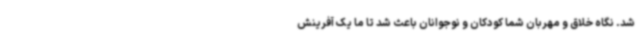
شد. نگاه خلاق و مهربان شما کودکان و نوجوانان باعث شد تا ما یک آفرینش